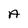
Character: A